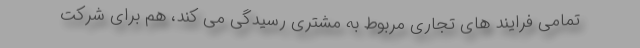
تمامی فرایند های تجاری مربوط به مشتری رسیدگی می کند، هم برای شرکت